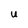
Character: U